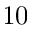
1 0